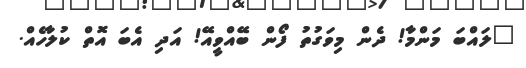
"ލައްބަ މަންމާ! ދެން މިވަގުތު ފޯން ބޭއްވީއޭ! އަދި އެބަ އޮތް ކުލާހެއް.